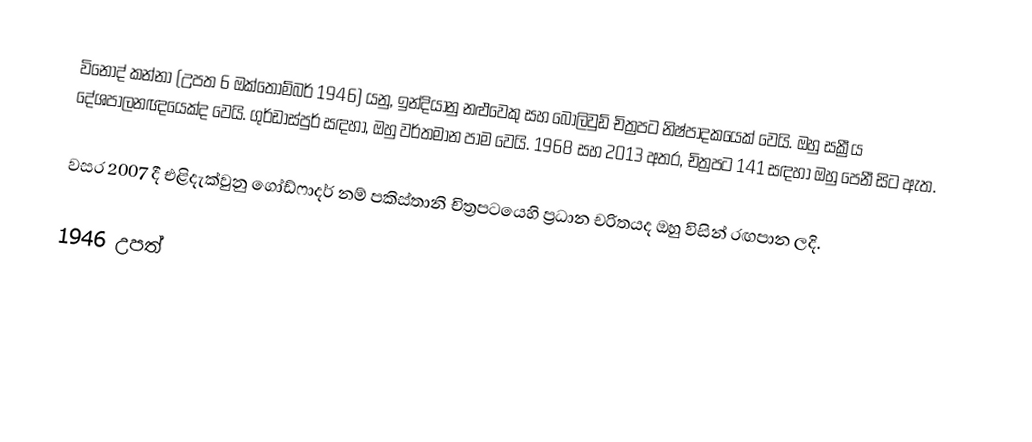
විනෝද් කන්නා (උපත 6 ඔක්තොම්බර් 1946) යනු,  ඉන්දියානු නළුවෙකු සහ  බොලිවුඩ් චිත්‍රපට නිෂ්පාදකයෙක් වෙයි. ඔහු සක්‍රීය දේශපාලනඥයෙක්ද වෙයි.  ගුර්ඩාස්පුර් සඳහා, ඔහු වර්තමාන පාම වෙයි. 1968 සහ 2013 අතර, චිත්‍රපට 141 සඳහා ඔහු පෙනී සිට ඇත.

වසර  2007 දී එළිදැක්වුනු ගෝඩ්ෆාදර් නම් පකිස්තානි චිත්‍රපටයෙහි ප්‍රධාන චරිතයද ඔහු විසින් රඟපාන ලදි.

1946 උපත්